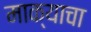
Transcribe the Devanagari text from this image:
माक्याचा